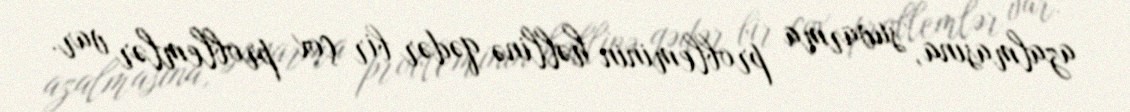
azalmasına, suvarma probleminin həllinə qədər bir çox problemlər var.